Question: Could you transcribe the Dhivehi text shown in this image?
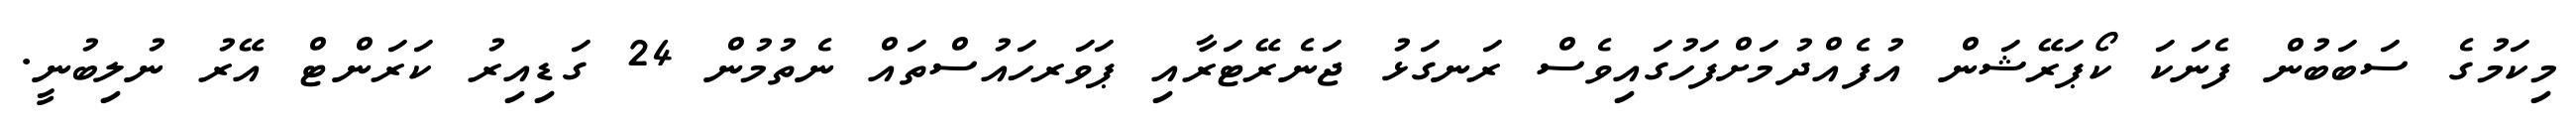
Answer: މިކަމުގެ ސަބަބުން ފެނަކަ ކޯޕަރޭޝަން އުފެއްދުމަށްފަހުގައިވެސް ރަނގަޅު ޖަނެރޭޓަރާއި ޕަވަރހައުސްތައް ނެތުމުން 24 ގަޑިއިރު ކަރަންޓް އޭރު ނުލިބުނީ.